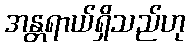
အန္တရာယ်ရှိသည်ဟု